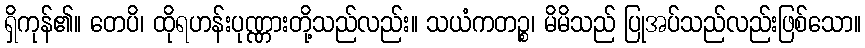
ရှိကုန်၏။ တေပိ၊ ထိုရဟန်းပုဏ္ဏားတို့သည်လည်း။ သယံကတဉ္စ၊ မိမိသည် ပြုအပ်သည်လည်းဖြစ်သော။